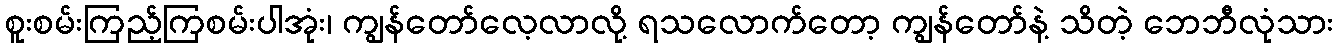
စူးစမ်းကြည့်ကြစမ်းပါအုံး၊ ကျွန်တော်လေ့လာလို့ ရသလောက်တော့ ကျွန်တော်နဲ့ သိတဲ့ ဘေဘီလုံသား